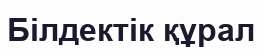
Білдектік құрал